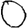
Digit: 0